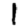
Digit: 1